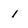
Character: 1